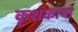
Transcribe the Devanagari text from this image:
कृशकाया